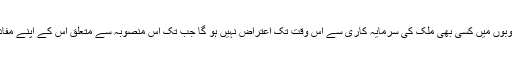
چین کو سی پیک منصوبوں میں کسی بھی ملک کی سرمایہ کاری سے اس وقت تک اعتراض نہیں ہو گا جب تک اس منصوبہ سے متعلق اس کے اپنے مفادات کو زک نہ پہنچے۔